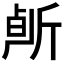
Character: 𰕠